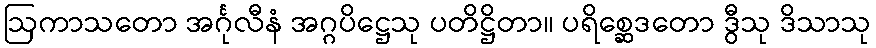
ဩကာသတော အင်္ဂုလီနံ အဂ္ဂပိဋ္ဌေသု ပတိဋ္ဌိတာ။ ပရိစ္ဆေဒတော ဒွီသု ဒိသာသု